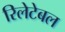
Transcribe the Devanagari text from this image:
रिलेटेबल